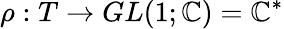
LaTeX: \rho:T\rightarrow GL(1;\mathbb{C})=\mathbb{C}^{*}